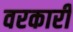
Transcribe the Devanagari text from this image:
वरकारी